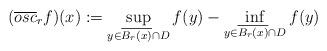
LaTeX: \begin{align*} (\overline{osc}_r f)(x):=\sup_{y\in \overline{B_r(x)}\cap D} f(y)-\inf_{y\in \overline{B_r(x)}\cap D} f(y)\end{align*}